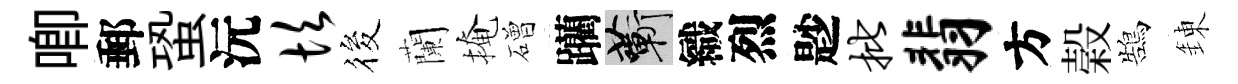
唧郵蛩沅坎筱蘭掩磳躪蔪織烈尟批翡方榖鵠錬